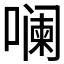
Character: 𪢌